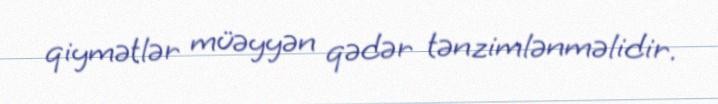
qiymətlər müəyyən qədər tənzimlənməlidir.